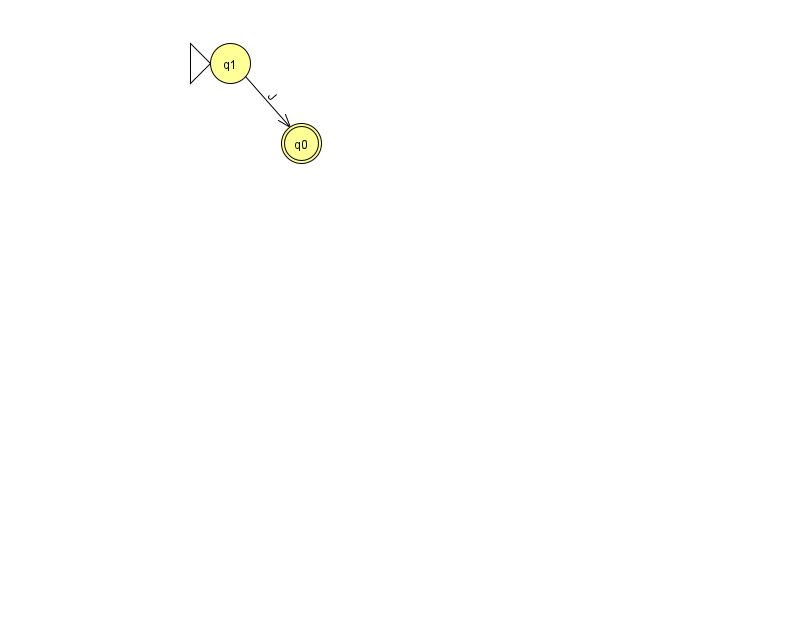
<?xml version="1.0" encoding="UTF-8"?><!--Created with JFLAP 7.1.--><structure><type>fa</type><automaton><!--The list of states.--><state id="0" name="q0"><x>301.0</x><y>130.0</y><final/></state><state id="1" name="q1"><x>230.0</x><y>50.0</y><initial/></state><!--The list of transitions.--><transition><from>1</from><to>0</to><read>J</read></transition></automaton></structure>